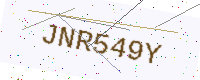
Text: JNR549Y